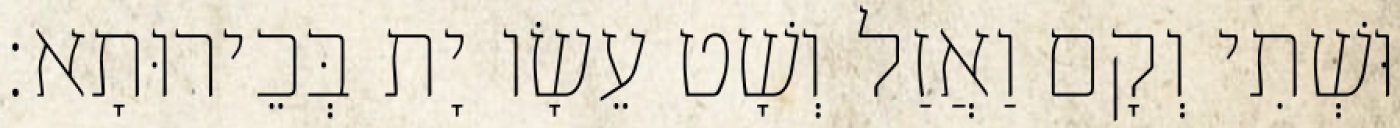
וּשְׁתִי וְקָם וַאֲזַל וְשָׁט עֵשָׂו יָת בְּכֵירוּתָא׃